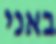
באני